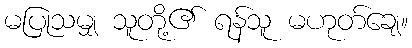
မပြုသမျှ သူတို့၏ ရန်သူ မဟုတ်ချေ။